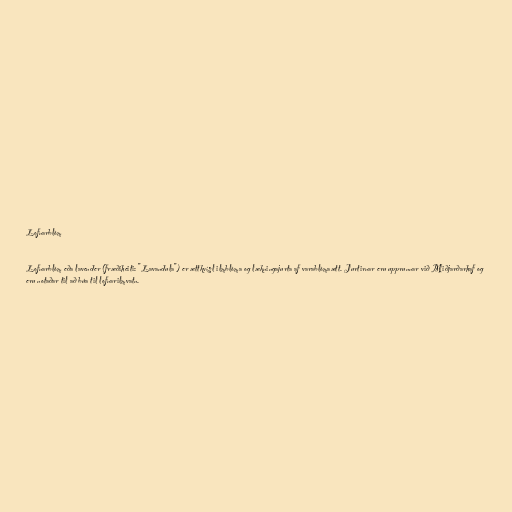
Lofnarblóm

Lofnarblóm eða lavender (fræðiheiti: "Lavandula") er ættkvísl ilmblóma og lækningajurta af varablómaætt. Jurtirnar eru upprunnar við Miðjarðarhaf og
eru notaðar til að búa til lofnarilmvatn.